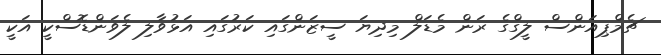
ޗެމްޕިއަންސް ލީގްގެ ރަން މެޑަލް މިިދިޔަ ސީޒަންގައި ކަރުގައި އަޅުވާލި ލެވަންޑޮސްކީ އަކީ